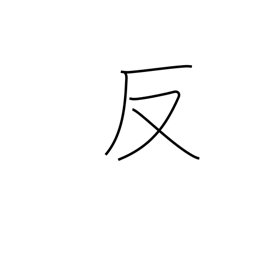
Meaning: anti-